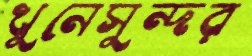
খুনেসুন্দর